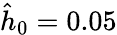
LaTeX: \hat{h}_{0}=0.05